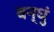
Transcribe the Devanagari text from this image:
बन्धुं